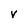
Character: V